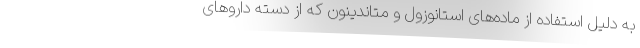
به دلیل استفاده از ماده‌های استانوزول و متاندینون که از دسته داروهای